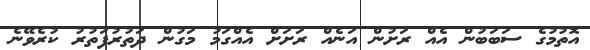
އޮތުމުގެ ސަބަބުން އެއް ރަށުން އަނެއް ރަށަށް އެއްގަމު މަގުން ދަތުރުފަތުރު ކުރެވޭނެ